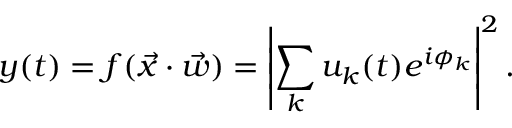
y ( t ) = f ( \Vec { x } \cdot \Vec { w } ) = \left| \sum _ { k } u _ { k } ( t ) e ^ { i \phi _ { k } } \right| ^ { 2 } .